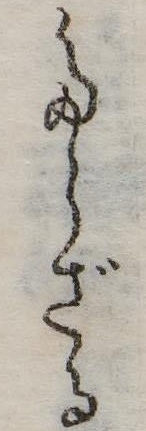
たらざる